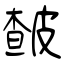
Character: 皶